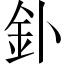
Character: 釙